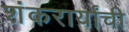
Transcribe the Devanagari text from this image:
शंकरार्यांची